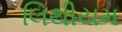
લિથીયમ